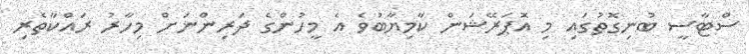
ސްޓާސީ ބުނިގޮތުގައި މި އޮޕަރޭޝަން ކާމިޔާބުވެ އެ މީހުންގެ ދަރިންނަށް މިހާރު ރައްކާތެރި